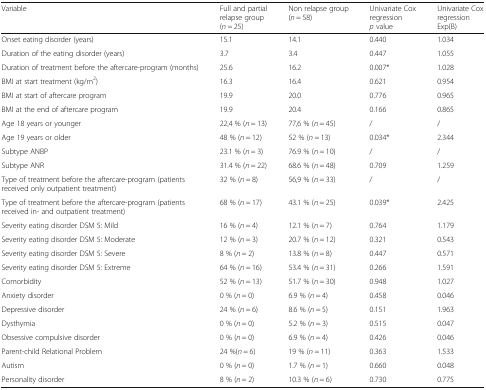
<table><thead><tr><td><b>Variable</b></td><td><b>Full and partial relapse group(<i>n</i> = 25)</b></td><td><b>Non relapse group(<i>n</i> = 58)</b></td><td><b>Univariate Cox regression<i>p</i> value</b></td><td><b>Univariate Cox regressionExp(B)</b></td></tr></thead><tbody><tr><td>Onset eating disorder (years)</td><td>15.1</td><td>14.1</td><td>0.440</td><td>1.034</td></tr><tr><td>Duration of the eating disorder (years)</td><td>3.7</td><td>3.4</td><td>0.447</td><td>1.055</td></tr><tr><td>Duration of treatment before the aftercare-program (months)</td><td>25.6</td><td>16.2</td><td>0.007*</td><td>1.028</td></tr><tr><td>BMI at start treatment (kg/m<sup>2</sup>)</td><td>16.3</td><td>16.4</td><td>0.621</td><td>0.954</td></tr><tr><td>BMI at start of aftercare program</td><td>19.9</td><td>20.0</td><td>0.776</td><td>0.965</td></tr><tr><td>BMI at the end of aftercare program</td><td>19.9</td><td>20.4</td><td>0.166</td><td>0.865</td></tr><tr><td>Age 18 years or younger</td><td>22,4 % (<i>n</i> = 13)</td><td>77,6 % (<i>n</i> = 45)</td><td>/</td><td>/</td></tr><tr><td>Age 19 years or older</td><td>48 % (<i>n</i> = 12)</td><td>52 % (<i>n</i> = 13)</td><td>0.034*</td><td>2.344</td></tr><tr><td>Subtype ANBP</td><td>23.1 % (<i>n</i> = 3)</td><td>76.9 % (<i>n</i> = 10)</td><td>/</td><td>/</td></tr><tr><td>Subtype ANR</td><td>31.4 % (<i>n</i> = 22)</td><td>68.6 % (<i>n</i> = 48)</td><td>0.709</td><td>1.259</td></tr><tr><td>Type of treatment before the aftercare-program (patients received only outpatient treatment)</td><td>32 % (<i>n</i> = 8)</td><td>56,9 % (<i>n</i> = 33)</td><td>/</td><td>/</td></tr><tr><td>Type of treatment before the aftercare-program (patients received in- and outpatient treatment)</td><td>68 % (<i>n</i> = 17)</td><td>43.1 % (<i>n</i> = 25)</td><td>0.039*</td><td>2.425</td></tr><tr><td>Severity eating disorder DSM 5: Mild</td><td>16 % (<i>n</i> = 4)</td><td>12.1 % (<i>n</i> = 7)</td><td>0.764</td><td>1.179</td></tr><tr><td>Severity eating disorder DSM 5: Moderate</td><td>12 % (<i>n</i> = 3)</td><td>20.7 % (<i>n</i> = 12)</td><td>0.321</td><td>0.543</td></tr><tr><td>Severity eating disorder DSM 5: Severe</td><td>8 % (<i>n</i> = 2)</td><td>13.8 % (<i>n</i> = 8)</td><td>0.447</td><td>0.571</td></tr><tr><td>Severity eating disorder DSM 5: Extreme</td><td>64 % (<i>n</i> = 16)</td><td>53.4 % (<i>n</i> = 31)</td><td>0.266</td><td>1.591</td></tr><tr><td>Comorbidity</td><td>52 % (<i>n</i> = 13)</td><td>51.7 % (<i>n</i> = 30)</td><td>0.948</td><td>1.027</td></tr><tr><td>Anxiety disorder</td><td>0 % (<i>n</i> = 0)</td><td>6.9 % (<i>n</i> = 4)</td><td>0.458</td><td>0.046</td></tr><tr><td>Depressive disorder</td><td>24 % (<i>n</i> = 6)</td><td>8.6 % (<i>n</i> = 5)</td><td>0.151</td><td>1.963</td></tr><tr><td>Dysthymia</td><td>0 % (<i>n</i> = 0)</td><td>5.2 % (<i>n</i> = 3)</td><td>0.515</td><td>0.047</td></tr><tr><td>Obsessive compulsive disorder</td><td>0 % (<i>n</i> = 0)</td><td>6.9 % (<i>n</i> = 4)</td><td>0.426</td><td>0.046</td></tr><tr><td>Parent-child Relational Problem</td><td>24 %(<i>n</i> = 6)</td><td>19 % (<i>n</i> = 11)</td><td>0.363</td><td>1.533</td></tr><tr><td>Autism</td><td>0 % (<i>n</i> = 0)</td><td>1.7 % (<i>n</i> = 1)</td><td>0.660</td><td>0.048</td></tr><tr><td>Personality disorder</td><td>8 % (<i>n</i> = 2)</td><td>10.3 % (<i>n</i> = 6)</td><td>0.730</td><td>0.775</td></tr></tbody></table>